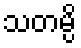
သတမ္ပိ